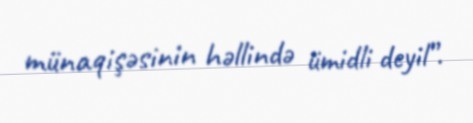
münaqişəsinin həllində ümidli deyil”.